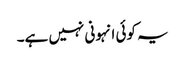
یہ کوئی انہونی نہیں ہے۔